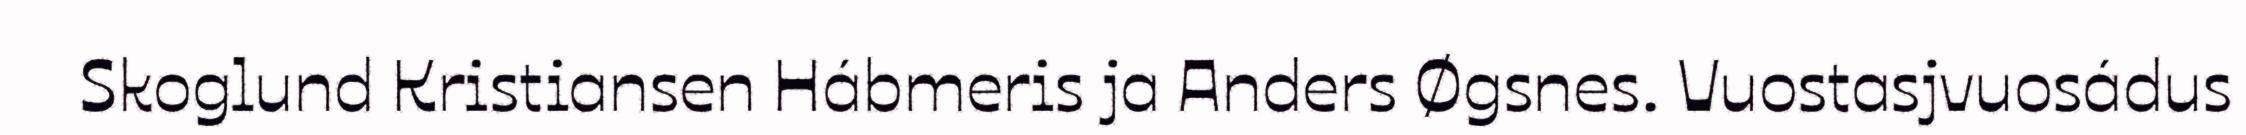
Skoglund Kristiansen Hábmeris ja Anders Øgsnes. Vuostasjvuosádus